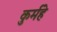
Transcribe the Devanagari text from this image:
कुर्महे